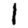
Digit: 1